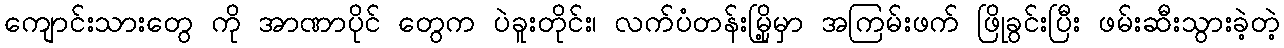
ကျောင်းသားတွေ ကို အာဏာပိုင် တွေက ပဲခူးတိုင်း၊ လက်ပံတန်းမြို့မှာ အကြမ်းဖက် ဖြိုခွင်းပြီး ဖမ်းဆီးသွားခဲ့တဲ့